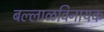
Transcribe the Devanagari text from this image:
बल्लाळविनायक